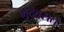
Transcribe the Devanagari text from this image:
भूदेवरात